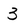
Character: 3